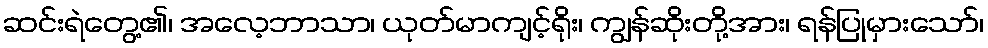
ဆင်းရဲတွေ့၏၊ အလေ့ဘာသာ၊ ယုတ်မာကျင့်ရိုး၊ ကျွန်ဆိုးတို့အား၊ ရန်ပြုမှားသော်၊